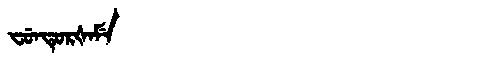
Manchu: ᠸᡠᠨᡨᡠᡵᡧᠠᠮᡝ
Romanization: FUNTURŠAME